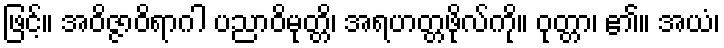
ဖြင့်။ အဝိဇ္ဇာဝိရာဂါ ပညာဝိမုတ္တိ၊ အရဟတ္တဖိုလ်ကို။ ဝုတ္တာ၊ ၏။ အယံ၊